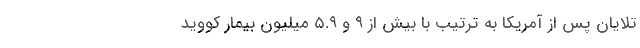
تلایان پس از آمریکا به ترتیب با بیش از ۹ و ۵.۹ میلیون بیمارِ کووید